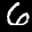
Label: 6